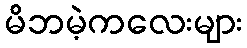
မိဘမဲ့ကလေးများ